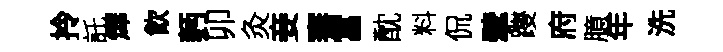
拎託燁飮麪卯灸妾騫富酖料侃擘躞府臆年洗